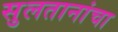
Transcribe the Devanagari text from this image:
सुलतानांचा